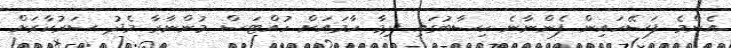
އެންމެ ފަސޭހައިން ފެންނާނެ ހިސާބުގައި ދިމާ ހާމައަށް ހުއްޓަސް މުންނާރާ މެދު ސަރުކާރަށް